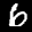
Label: 6